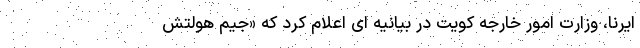
ایرنا، وزارت امور خارجه کویت در بیانیه ای اعلام کرد که «جیم هولتش